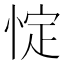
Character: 𢛸